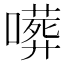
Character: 𠿺